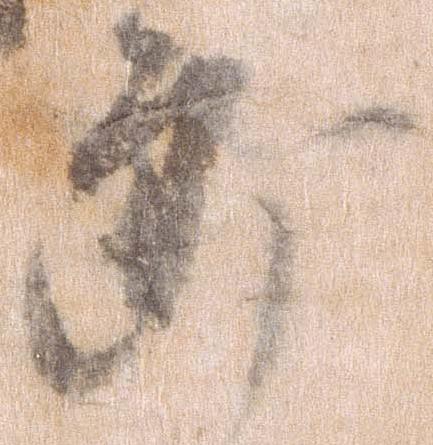
郎